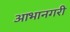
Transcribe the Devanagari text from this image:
आभानगरी